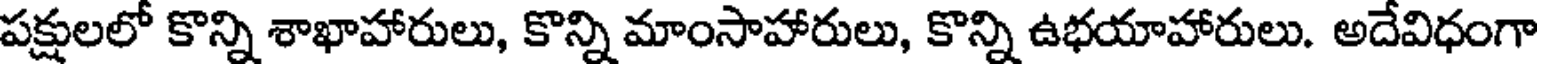
పక్షులలో కొన్ని శాఖాహారులు, కొన్ని మాంసాహారులు, కొన్ని ఉభయాహారులు. అదేవిధంగా